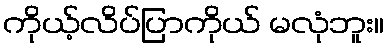
ကိုယ့်လိပ်ပြာကိုယ် မလုံဘူး။